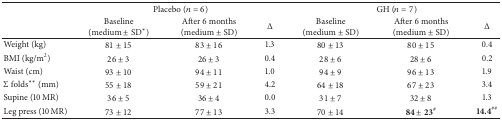
<table><thead><tr><td><b> </b></td><td colspan="3"><b>Placebo (<i>n</i> = 6)</b></td><td colspan="3"><b>GH (<i>n</i> = 7)</b></td></tr><tr><td><b> </b></td><td><b>Baseline(medium ± SD*) </b></td><td><b>After 6 months(medium ± SD)</b></td><td><b>Δ</b></td><td><b>Baseline(medium ± SD)</b></td><td><b>After 6 months(medium ± SD)</b></td><td><b>Δ</b></td></tr></thead><tbody><tr><td>Weight (kg)</td><td>81 ± 15</td><td>83 ± 16</td><td>1.3</td><td>80 ± 13</td><td>80 ± 15</td><td>0.4</td></tr><tr><td>BMI (kg/m<sup>2</sup>)</td><td>26 ± 3</td><td>26 ± 3</td><td>0.4</td><td>28 ± 6</td><td>28 ± 6</td><td>0.2</td></tr><tr><td>Waist (cm)</td><td>93 ± 10</td><td>94 ± 11</td><td>1.0</td><td>94 ± 9</td><td>96 ± 13</td><td>1.9</td></tr><tr><td>Σ folds** (mm)</td><td>55 ± 18</td><td>59 ± 21</td><td>4.2</td><td>64 ± 18</td><td>67 ± 23</td><td>3.4</td></tr><tr><td>Supine (10 MR)</td><td>36 ± 5</td><td>36 ± 4</td><td>0.0</td><td>31 ± 7</td><td>32 ± 8</td><td>1.3</td></tr><tr><td>Leg press (10 MR)</td><td>73 ± 12</td><td>77 ± 13</td><td>3.3</td><td>70 ± 14</td><td>84 ± 23<sup>#</sup></td><td><b>14.4</b><sup>##</sup></td></tr></tbody></table>